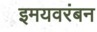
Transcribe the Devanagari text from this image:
इमयवरंबन